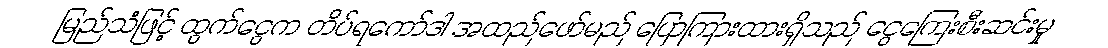
မြည်သံဖြင့် ထွက်ငွေက တိပ်ရကော်ဒါ အထည်ဖော်မည် ပြောကြားထားရှိသည် ငွေကြေးစီးဆင်းမှု